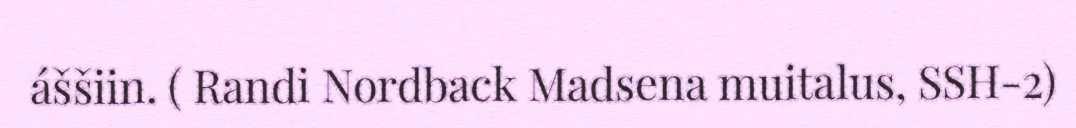
áššiin. ( Randi Nordback Madsena muitalus, SSH-2)